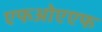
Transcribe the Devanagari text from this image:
एफओएएफ